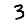
Digit: 3